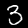
Digit: 3